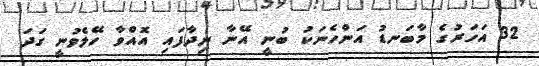
32 އަހަރުގެ މާބަނޑު އަންހެނަކު ބުނީ އޭނާ ނިދާފައި އޮއްވާ ހޭލެެވުނީ ގަދަ